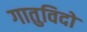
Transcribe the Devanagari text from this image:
गातुविदो